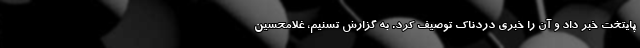
پایتخت خبر داد و آن را خبری دردناک توصیف کرد. به گزارش تسنیم، غلامحسین